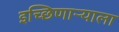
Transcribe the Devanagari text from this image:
इच्छिणाऱ्याला